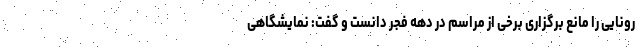
رونایی را مانع برگزاری برخی از مراسم در دهه فجر دانست و گفت: نمایشگاهی